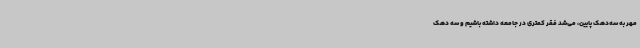
مهر به سه‌دهک پایین، می‌شد فقر کمتری در جامعه داشته باشیم و سه دهک